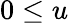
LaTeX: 0\leq u